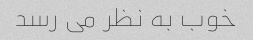
خوب به نظر می رسد